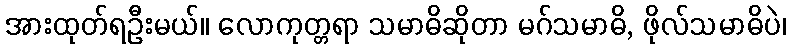
အားထုတ်ရဦးမယ်။ လောကုတ္တရာ သမာဓိဆိုတာ မဂ်သမာဓိ, ဖိုလ်သမာဓိပဲ၊